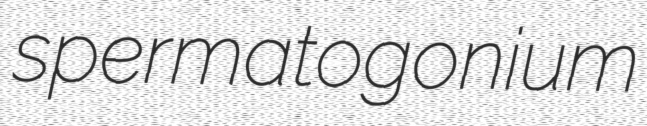
spermatogonium